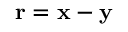
\mathbf { r } = \mathbf { x } - \mathbf { y }